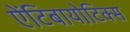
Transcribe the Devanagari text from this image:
ऐंटिबायोटिक्स